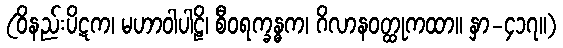
(ဝိနည်းပိဋက၊ မဟာဝါပါဠိ၊ စီဝရက္ခန္ဓက၊ ဂိလာနဝတ္ထုကထာ။ နှာ-၄၁၇။)